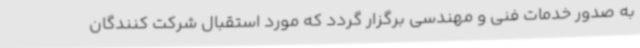
به صدور خدمات فنی و مهندسی برگزار گردد که مورد استقبال شرکت کنندگان